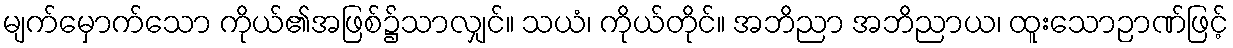
မျက်မှောက်သော ကိုယ်၏အဖြစ်၌သာလျှင်။ သယံ၊ ကိုယ်တိုင်။ အဘိညာ အဘိညာယ၊ ထူးသောဉာဏ်ဖြင့်